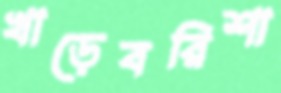
খাড়েবরিশা